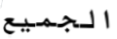
الجميع